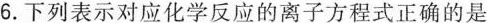
6.下列表示对应化学反应的离子方程式正确的是